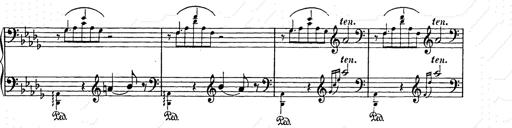
Title: Berceuse
Composer: Lucien Wurmser
Key: A major